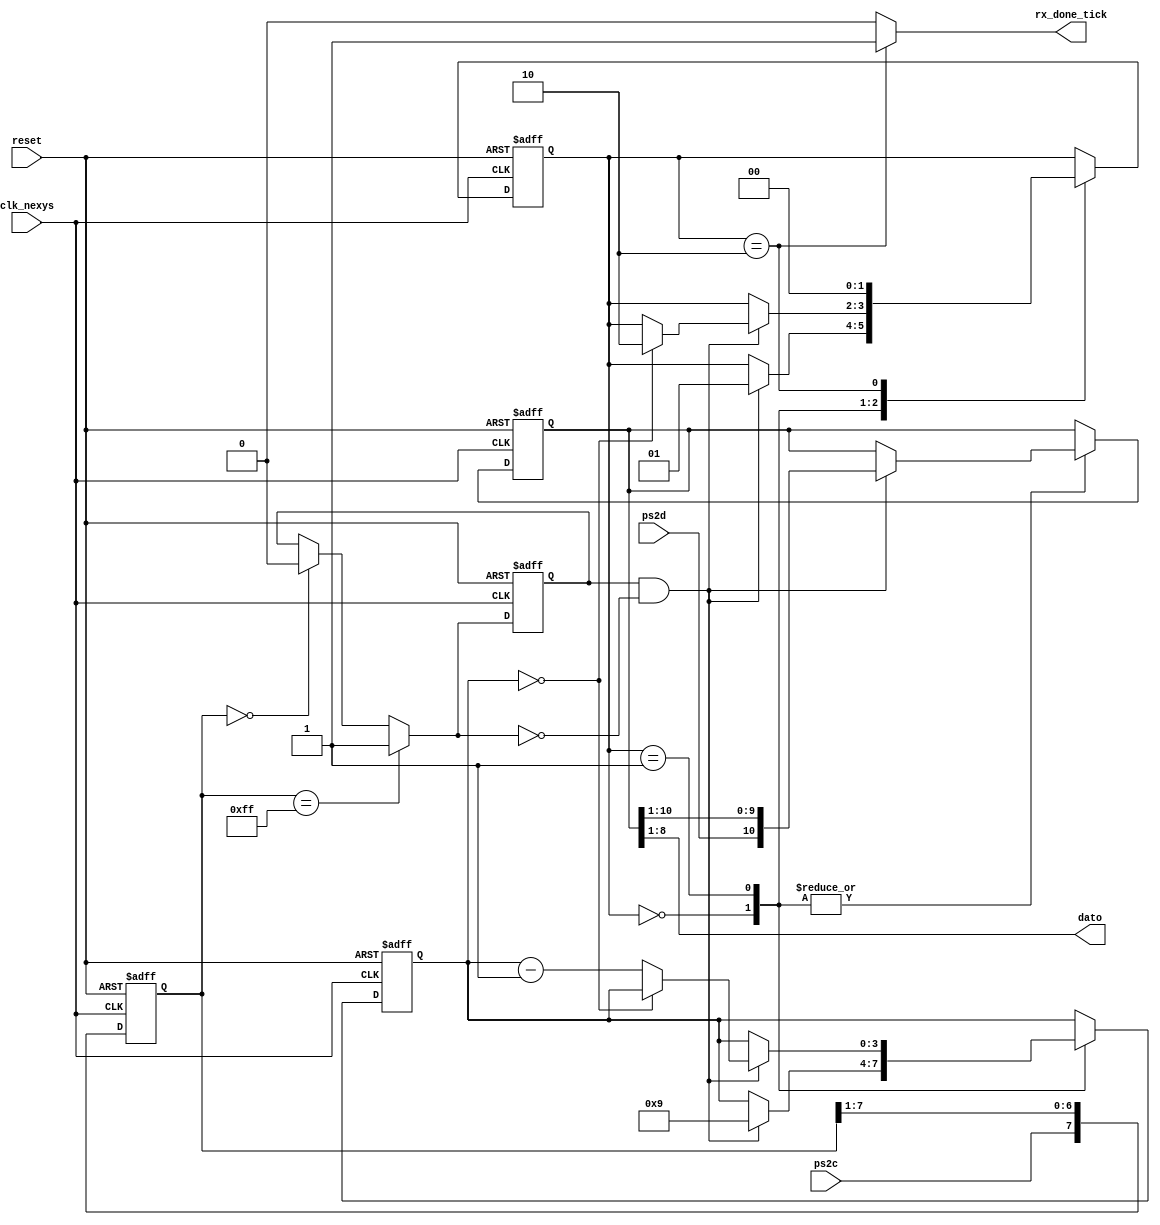
`timescale 1ns / 1ps
//////////////////////////////////////////////////////////////////////////////////
// Company: 
// Engineer: 
// 
// Design Name: 
// Module Name:    Receptor_dato 
// Project Name: 
// Target Devices: 
// Tool versions: 
// Description: 
//
// Dependencies: 
//
// Revision: 
// Revision 0.01 - File Created
// Additional Comments: 
//
//////////////////////////////////////////////////////////////////////////////////
module Receptor_dato(
    input wire clk_nexys, reset,
	 input wire ps2d, ps2c,
	 output reg rx_done_tick,
	 output [7:0] dato
	 );
	 
	 localparam [1:0] idle = 2'b00, 
	 dps = 2'b01, load = 2'b10;
	 
	 reg [1:0] estado_reg, estado_sig;
	 reg [7:0] filtro_reg;
	 wire [7:0] filtro_sig;
	 reg f_ps2c_reg;
	 wire f_ps2c_sig;
	 reg [3:0] n_reg, n_sig;
	 reg [10:0] b_reg, b_sig;
	 wire fall_edge;
	 
	 always@(posedge clk_nexys, posedge reset)
	 begin
		if (reset)
		begin
			filtro_reg<=0;
			f_ps2c_reg<=0;
			//FSMD
			estado_reg<=idle;
			n_reg<=0;
			b_reg<=0;
		end
		else 
		begin
			filtro_reg<=filtro_sig;
			f_ps2c_reg<=f_ps2c_sig;
			//FSMD
			estado_reg <= estado_sig;
			n_reg <= n_sig;
			b_reg <= b_sig;
		end
	 end
	 
	 assign filtro_sig={ps2c,filtro_reg[7:1]};
	 assign f_ps2c_sig = (filtro_reg==8'b11111111) ? 1'b1 : (filtro_reg==8'b00000000) ? 1'b0 : f_ps2c_reg;
	 assign fall_edge= f_ps2c_reg & ~f_ps2c_sig;
	 
	 always @*
	 begin
		estado_sig = estado_reg;
		rx_done_tick = 1'b0;
		n_sig = n_reg;
		b_sig [10:0]= b_reg[10:0];
		case (estado_reg)
			idle: if (fall_edge)
					begin
						b_sig={ps2d,b_reg[10:1]};
						n_sig = 4'b1001;
						estado_sig = dps;
					end
			dps:  if (fall_edge)
					begin
						b_sig = {ps2d, b_reg[10:1]};
						if (n_reg==0) estado_sig=load;
						else n_sig = n_reg - 4'b0001;
					end
			load: begin
						estado_sig = idle;
						rx_done_tick = 1'b1;
					end
		endcase
	 end
	 
	 assign dato= b_reg[8:1];
	 
endmodule